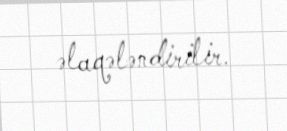
əlaqələndirilir.